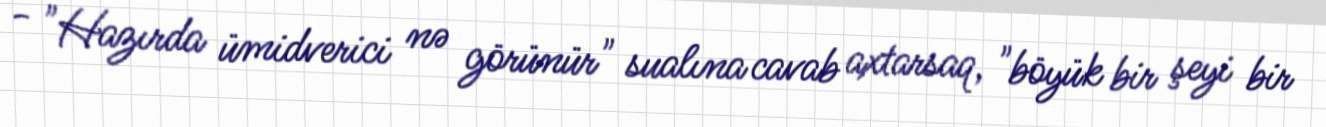
- "Hazırda ümidverici nə görünür" sualına cavab axtarsaq, "böyük bir şeyi bir